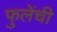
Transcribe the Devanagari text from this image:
फुलेंची